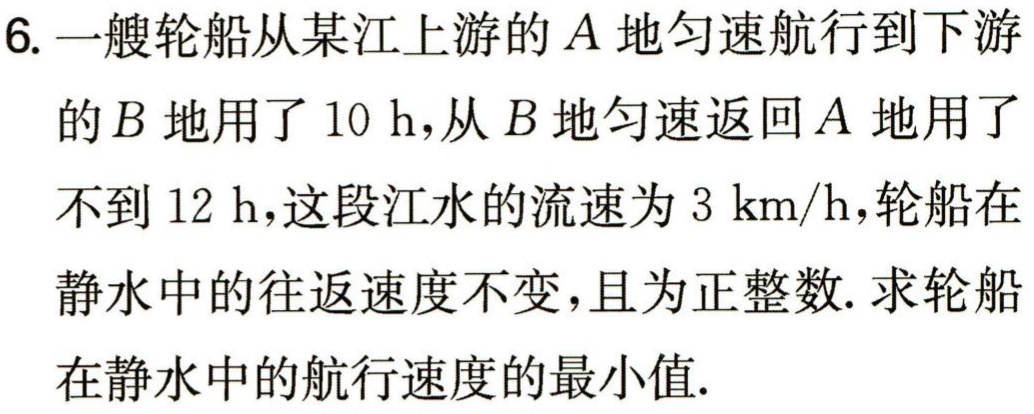
6. 一艘轮船从某江上游的\(A\)地匀速航行到下游的\(B\)地用了\(10\ h\)，从\(B\)地匀速返回\(A\)地用了不到\(12\ h\)，这段江水的流速为\(3\ km/h\)，轮船在静水中的往返速度不变，且为正整数. 求轮船在静水中的航行速度的最小值.